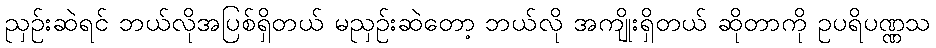
ညှဉ်းဆဲရင် ဘယ်လိုအပြစ်ရှိတယ် မညှဉ်းဆဲတော့ ဘယ်လို အကျိုးရှိတယ် ဆိုတာကို ဥပရိပဏ္ဏသ